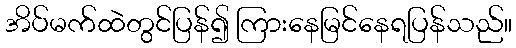
အိပ်မက်ထဲတွင်ပြန်၍ ကြားနေမြင်နေရပြန်သည်။